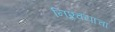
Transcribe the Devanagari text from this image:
निश्र्चयाचा